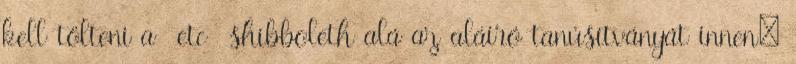
kell tölteni a etc shibboleth alá az aláíró tanúsítványát innen: